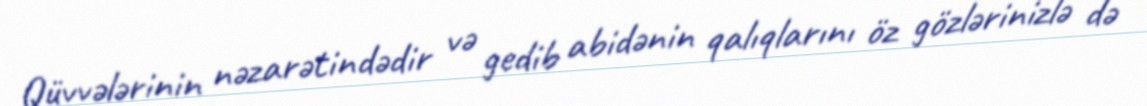
Qüvvələrinin nəzarətindədir və gedib abidənin qalıqlarını öz gözlərinizlə də